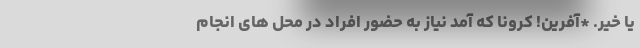
یا خیر. *آفرین! کرونا که آمد نیاز به حضور افراد در محل های انجام